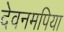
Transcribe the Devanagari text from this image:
देवनमपिया